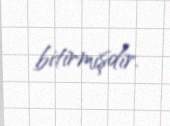
bitirmişdir.